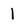
Character: 1